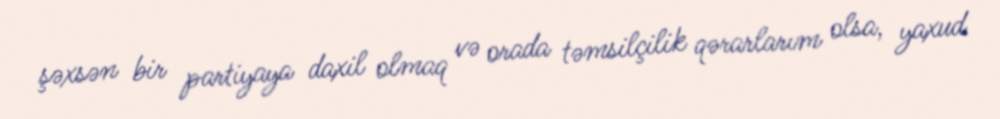
şəxsən bir partiyaya daxil olmaq və orada təmsilçilik qərarlarım olsa, yaxud